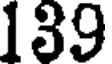
139